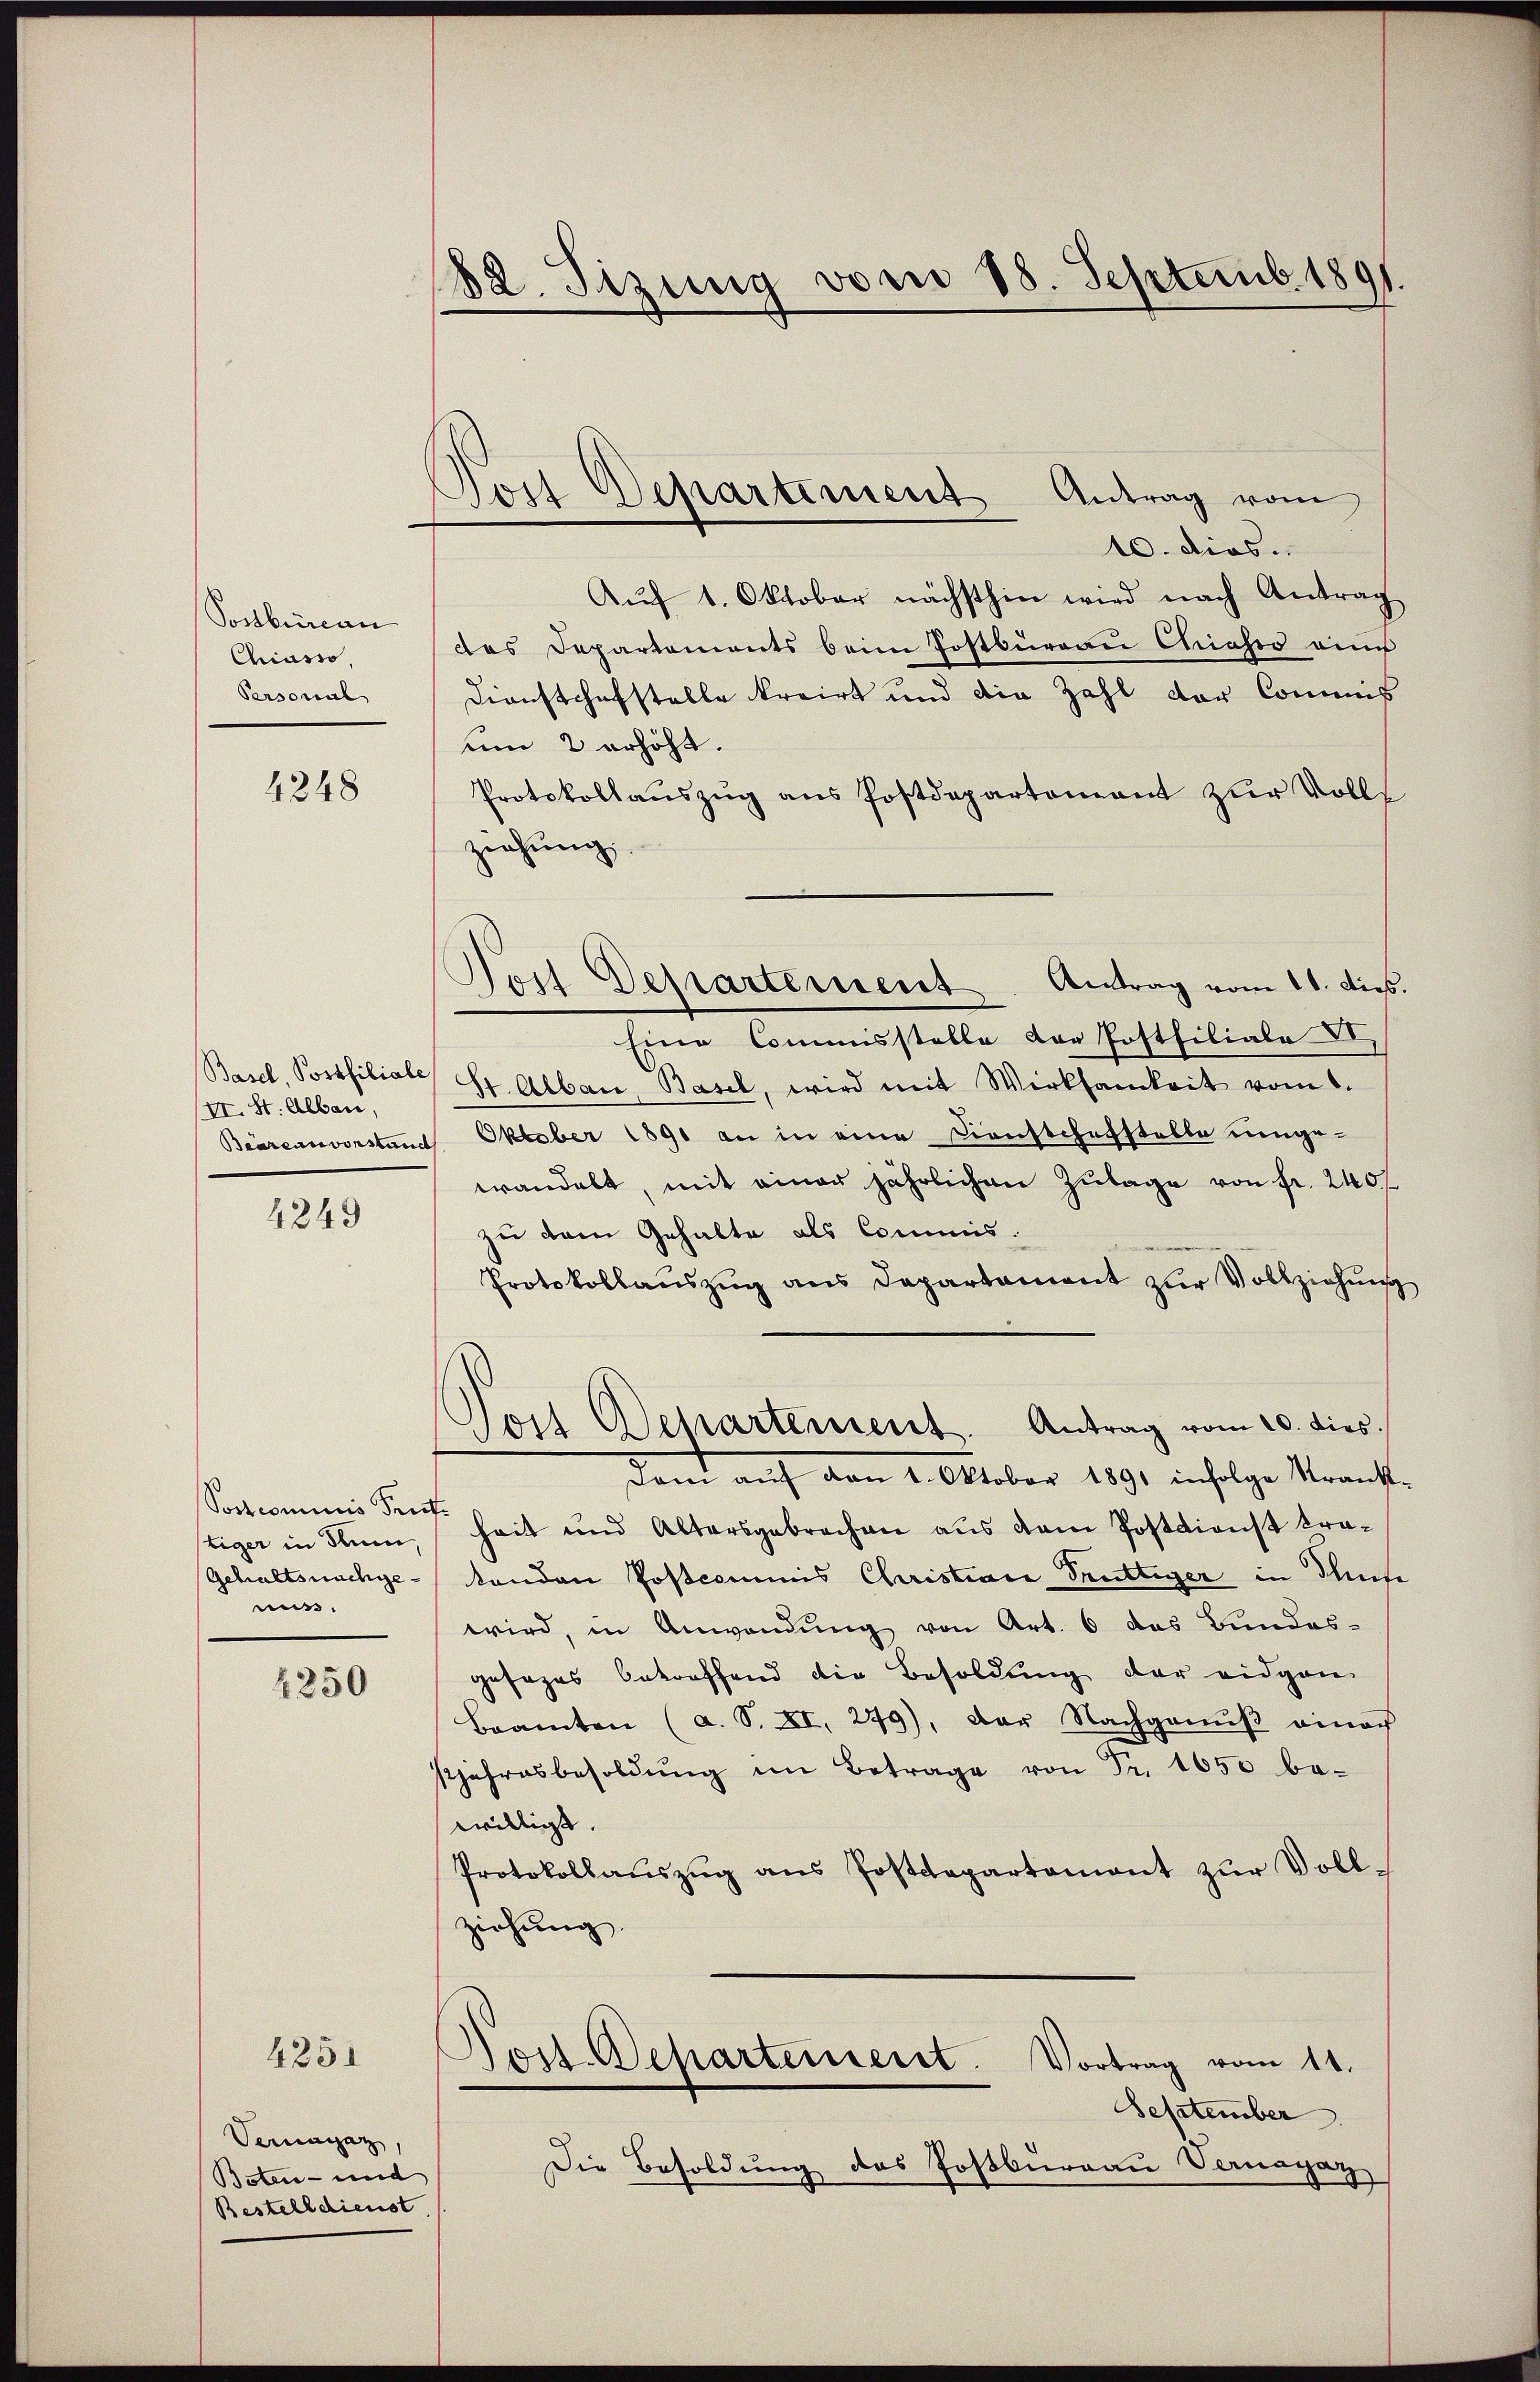
Postbüreau
Chiasso,
Personal

4248

(II. St. Albau,

4249

(...)commis Peuttiger in dem
Gehaltsnachgemus.

4250

4251

Vermagaz
Boten- und
Bestelldienst

182. Sizung vom 18. Septemb. 1891

Dois Departiment Antrag vom

10. dies.
Aŭf 1. Oktober nächsthin wird nach Antrag
das Departements beim Postbüreau Chiasso eine
Dienstschafstelle kreirt und die Zahl der Commis
um 2 erhöht.
Protokollauszug aus Postdepartement zur Volls
ziehung
Eine Commisstelle der Postfiliale II
Basel, Postfiliale St. Abbau, Basel, wird mit Wirksamkeit vom 1.
Bearenvorstand Oktober 1890 an in eine Dienstchefstelle umgewandelt, mit einer jährlichen Zulage von Fr. 2407
zu dem Gehalte als Commis¬
Protokollaŭszŭg ans Departament zur Vollziehung
Jost Departement. Antrag vom 10. dies
dam auf vom 2. Oktober 1891 infolge Veranst
heit und Altersgebrechen aus dem Postdienst tratenden Postcommis Christian Truttiger in Thute
wird, in Anwendung von Art. 6 das Bundes-
gesages betreffend die Besoldung der eidgen
Beamten (a. S. XI. 279), der Nachganŭβ einach
sjahresbesoldŭng im Betrage von Fr. 1650 be-
willigt.
Protokollaŭszŭg ans Postdepartamant zŭr Voll-
ziehung.
Nost. Departerieret. Vortrag vom 11.
September
Die Besoldung des Postburgau Vernegat

Lois Departement. Antrag vom 11. dies